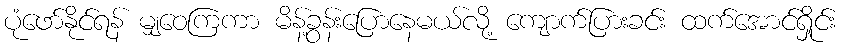
ပုံဖော်နိုင်ရန် မျှဝေကြကာ မိန့်ခွန်းပြောနေမယ်လို့ ကျောက်ပြားခင်း ထက်အောင်ရှိုင်း